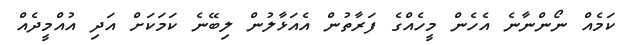
ކަމެއް ނޯންނާނެ އެހެން މީހެއްގެ ފަރާތުން އެއަޅާލުން ލިބޭނެ ކަމަކަށް އަދި އުއްމީދެއް